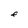
Character: F